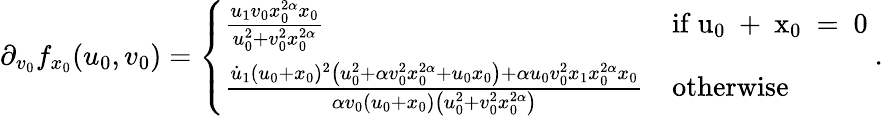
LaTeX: \partial_{v_{0}}f_{x_{0}}(u_{0},v_{0})=\left\{ \begin{array}{ll}{\frac{u_{1}v_{0}x_{0}^{2\alpha}x_{0}}{u_{0}^{2}+v_{0}^{2}x_{0}^{2\alpha}}}&{\mathrm{if~u_0~+~x_0~=~0~}}\\ {\frac{\dot{u}_{1}(u_{0}+x_{0})^{2}\left(u_{0}^{2}+\alpha v_{0}^{2}x_{0}^{2\alpha}+u_{0}x_{0}\right)+\alpha u_{0}v_{0}^{2}x_{1}x_{0}^{2\alpha}x_{0}}{\alpha v_{0}(u_{0}+x_{0})\left(u_{0}^{2}+v_{0}^{2}x_{0}^{2\alpha}\right)}}&{\mathrm{otherwise}}\end{array}\right..